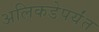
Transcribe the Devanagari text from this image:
अलिकडेपर्यंत